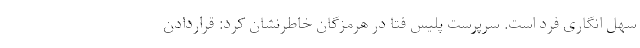
سهل انگاری فرد است. سرپرست پلیس فتا در هرمزگان خاطرنشان کرد: قراردادن